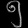
Digit: ၅